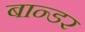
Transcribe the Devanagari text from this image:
बान्डर